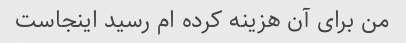
من برای آن هزینه کرده ام رسید اینجاست